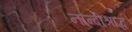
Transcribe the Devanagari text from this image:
नान्दीश्राद्ध